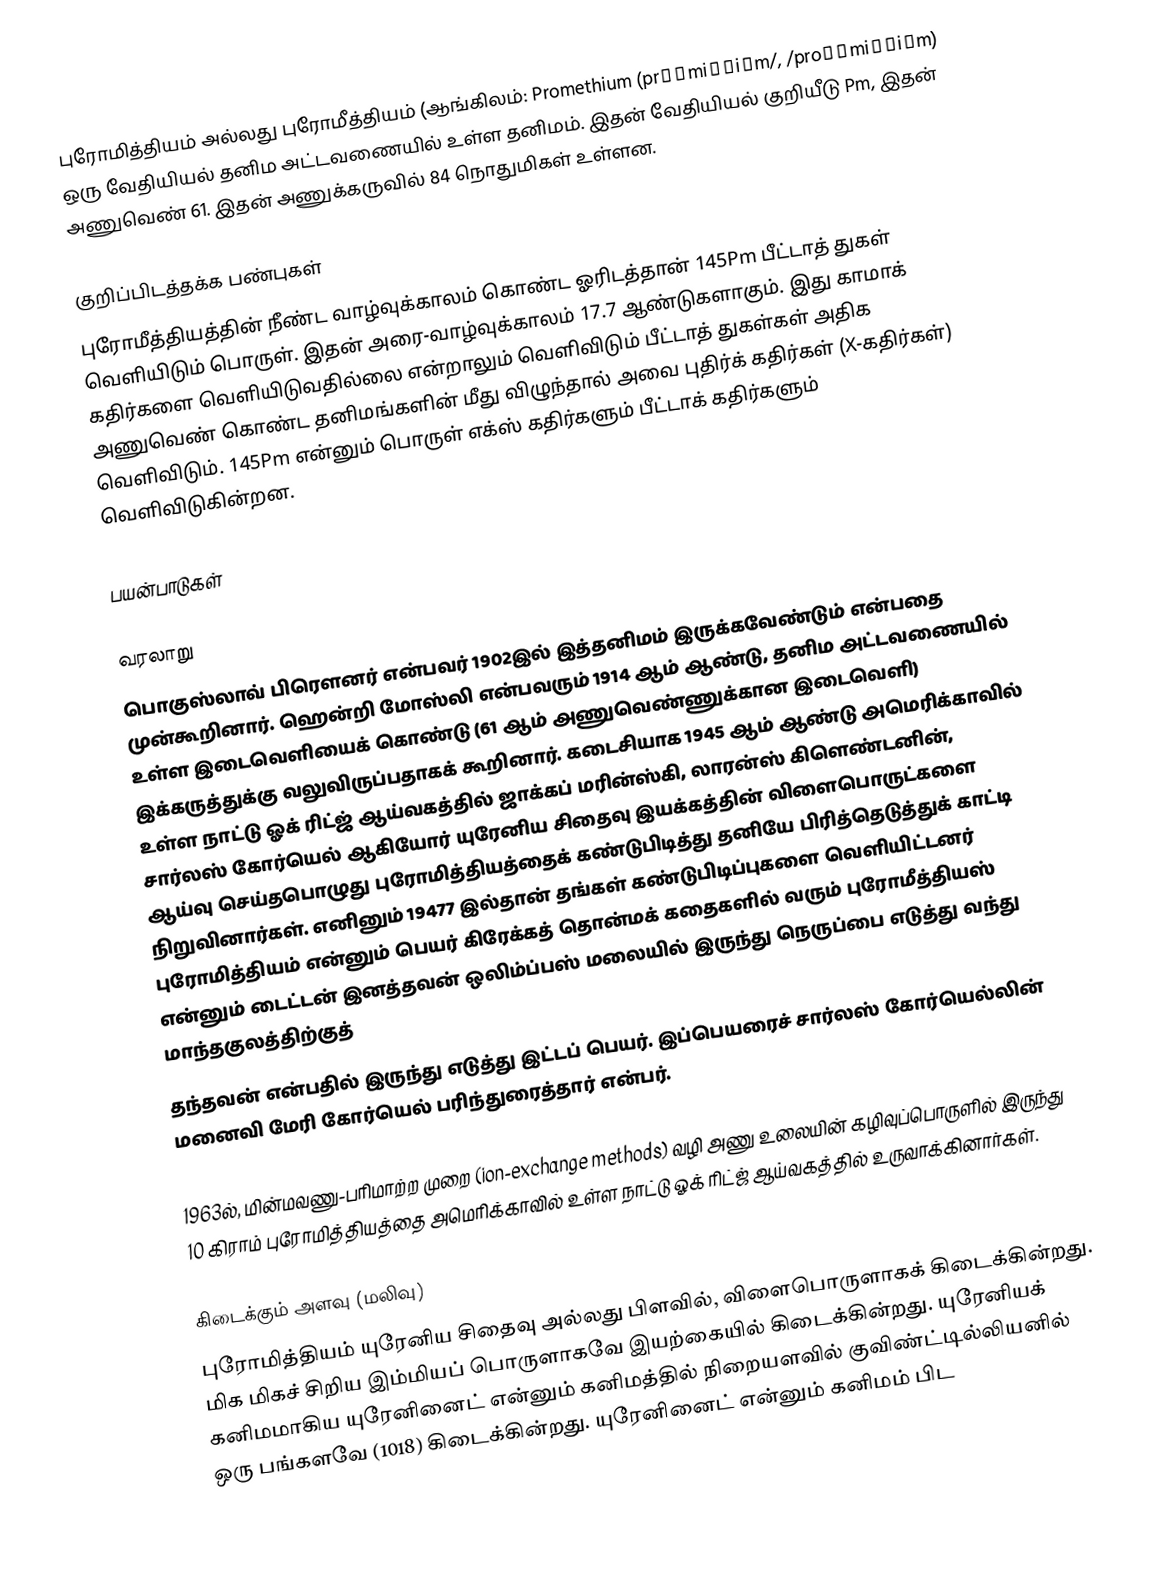
புரோமித்தியம் அல்லது புரோமீத்தியம் (ஆங்கிலம்: Promethium  (prəˈmiːθiəm/, /proʊˈmiːθiəm) ஒரு வேதியியல் தனிம அட்டவணையில் உள்ள தனிமம். இதன் வேதியியல் குறியீடு Pm, இதன் அணுவெண் 61. இதன் அணுக்கருவில் 84 நொதுமிகள் உள்ளன.

குறிப்பிடத்தக்க பண்புகள்
புரோமீத்தியத்தின் நீண்ட வாழ்வுக்காலம் கொண்ட ஓரிடத்தான் 145Pm பீட்டாத் துகள் வெளியிடும் பொருள். இதன் அரை-வாழ்வுக்காலம் 17.7 ஆண்டுகளாகும். இது காமாக் கதிர்களை வெளியிடுவதில்லை என்றாலும் வெளிவிடும் பீட்டாத் துகள்கள் அதிக அணுவெண் கொண்ட தனிமங்களின் மீது விழுந்தால் அவை புதிர்க் கதிர்கள் (X-கதிர்கள்) வெளிவிடும். 145Pm என்னும் பொருள் எக்ஸ் கதிர்களும் பீட்டாக் கதிர்களும் வெளிவிடுகின்றன.

பயன்பாடுகள்

வரலாறு
பொகுஸ்லாவ் பிரௌனர் என்பவர் 1902இல் இத்தனிமம் இருக்கவேண்டும் என்பதை முன்கூறினார். ஹென்றி மோஸ்லி என்பவரும் 1914 ஆம் ஆண்டு, தனிம அட்டவணையில் உள்ள இடைவெளியைக் கொண்டு (61 ஆம் அணுவெண்ணுக்கான இடைவெளி) இக்கருத்துக்கு  வலுவிருப்பதாகக் கூறினார். கடைசியாக 1945 ஆம் ஆண்டு அமெரிக்காவில் உள்ள நாட்டு ஓக் ரிட்ஜ் ஆய்வகத்தில் ஜாக்கப் மரின்ஸ்கி, லாரன்ஸ் கிளெண்டனின், சார்லஸ் கோர்யெல் ஆகியோர் யுரேனிய சிதைவு இயக்கத்தின் விளைபொருட்களை ஆய்வு செய்தபொழுது புரோமித்தியத்தைக் கண்டுபிடித்து தனியே பிரித்தெடுத்துக் காட்டி நிறுவினார்கள். எனினும் 19477 இல்தான் தங்கள் கண்டுபிடிப்புகளை வெளியிட்டனர்  புரோமித்தியம் என்னும் பெயர் கிரேக்கத் தொன்மக் கதைகளில் வரும் புரோமீத்தியஸ் என்னும் டைட்டன் இனத்தவன் ஒலிம்ப்பஸ் மலையில் இருந்து நெருப்பை எடுத்து வந்து மாந்தகுலத்திற்குத்
தந்தவன் என்பதில் இருந்து எடுத்து இட்டப் பெயர். இப்பெயரைச் சார்லஸ் கோர்யெல்லின் மனைவி  மேரி கோர்யெல் பரிந்துரைத்தார் என்பர்.

1963ல், மின்மவணு-பரிமாற்ற முறை (ion-exchange methods) வழி அணு உலையின் கழிவுப்பொருளில் இருந்து 10 கிராம் புரோமித்தியத்தை அமெரிக்காவில் உள்ள நாட்டு ஓக் ரிட்ஜ் ஆய்வகத்தில் உருவாக்கினார்கள்.

கிடைக்கும் அளவு (மலிவு)
புரோமித்தியம் யுரேனிய சிதைவு அல்லது பிளவில், விளைபொருளாகக் கிடைக்கின்றது. மிக மிகச் சிறிய இம்மியப் பொருளாகவே இயற்கையில் கிடைக்கின்றது. யுரேனியக் கனிமமாகிய யுரேனினைட் என்னும் கனிமத்தில் நிறையளவில் குவிண்ட்டில்லியனில் ஒரு பங்களவே (1018) கிடைக்கின்றது. யுரேனினைட் என்னும் கனிமம் பிட